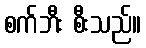
စက်ဘီး စီးသည်။